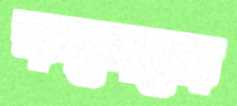
কলেজে